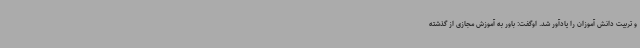
و تربیت دانش آموزان را یادآور شد. اوگفت: باور به آموزش مجازی از گذشته